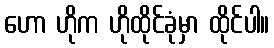
ဟော ဟိုက ဟိုထိုင်ခုံမှာ ထိုင်ပါ။